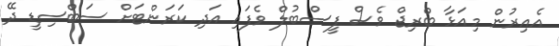
އެއިރުން މިއަޅާ ބްރިޖް ވެސް ފީސްބުލް ވެފައި އަދި ކަރަަންޓަށް ސަބްސިޑީ ދޭ